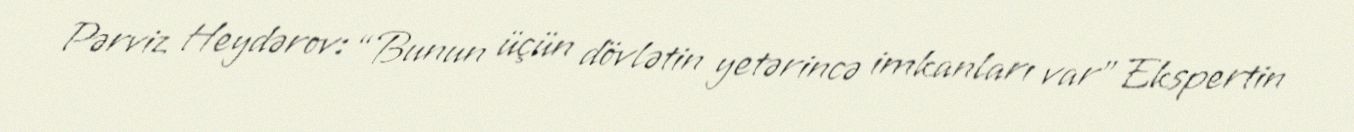
Pərviz Heydərov: “Bunun üçün dövlətin yetərincə imkanları var” Ekspertin